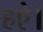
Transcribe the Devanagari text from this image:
हऐ।